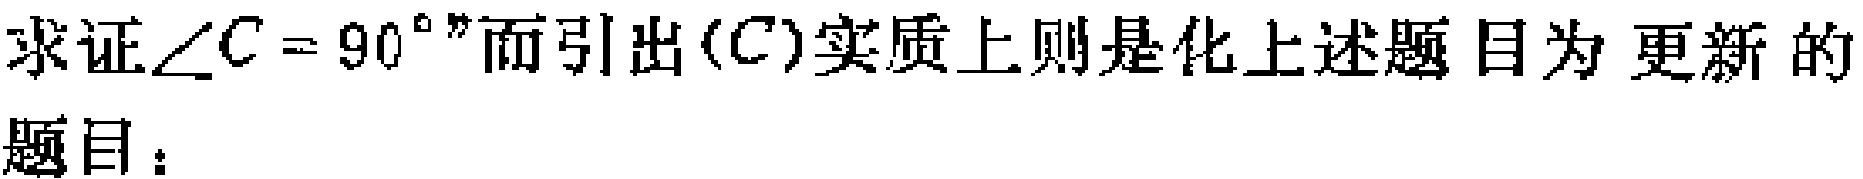
求证$\angle C = 90^{\circ}$”而引出$(C)$实质上则是化上述题目为 更新的

题目：